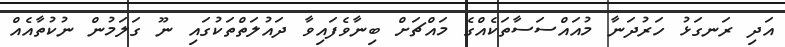
އަދި ރަނގަޅު ހަރުދަނާ މުއައްސަސާތަކެއްގެ މައްޗަށް ބިނާވެފައިވާ ދައުލަތްތަކުގައި ނޫ ގަލަމުން ނުކުތާއެއް